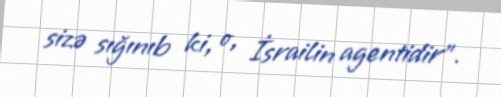
sizə sığınıb ki, o, İsrailin agentidir".